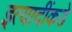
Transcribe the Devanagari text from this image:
इत्यादींकडे